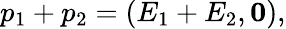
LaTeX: p_{1}+p_{2}=(E_{1}+E_{2},\mathbf{0}),